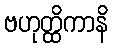
ဗဟုတ္ထိကာနိ